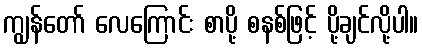
ကျွန်တော် လေကြောင်း စာပို့ စနစ်ဖြင့် ပို့ချင်လို့ပါ။